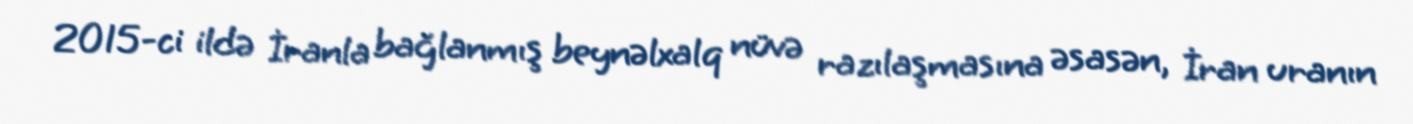
2015-ci ildə İranla bağlanmış beynəlxalq nüvə razılaşmasına əsasən, İran uranın